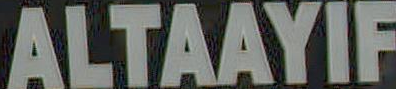
ALTAAYIF